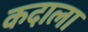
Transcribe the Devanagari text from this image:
कदाला